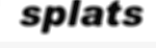
splats